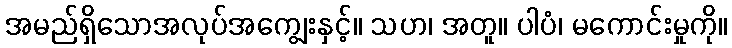
အမည်ရှိသောအလုပ်အကျွေးနှင့်။ သဟ၊ အတူ။ ပါပံ၊ မကောင်းမှုကို။